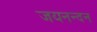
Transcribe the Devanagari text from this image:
जयनन्दन